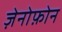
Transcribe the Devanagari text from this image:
ज़ेनोफ़ोन